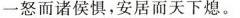
(2分)一怒而诸侯惧，安居而天下熄。